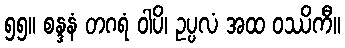
၅၅။ စန္ဒနံ တဂရံ ဝါပိ၊ ဥပ္ပလံ အထ ဝဿိကီ။